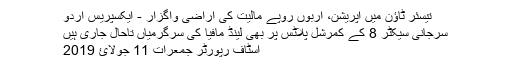
تیسئر ٹاؤن میں آپریشن، اربوں روپے مالیت کی اراضی واگزار - ایکسپریس اردو
سرجانی سیکٹر 8 کے کمرشل پلاٹس پر بھی لینڈ مافیا کی سرگرمیاں تاحال جاری ہیں
اسٹاف رپورٹر جمعرات 11 جولائ 2019